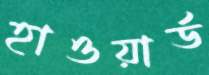
হাওয়ার্ড